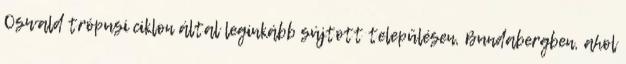
Oswald trópusi ciklon által leginkább sújtott településen, Bundabergben, ahol